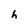
Character: h